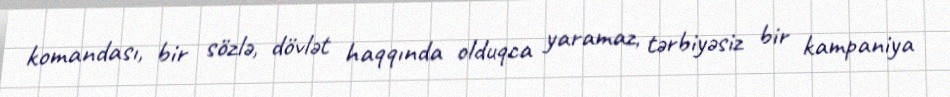
komandası, bir sözlə, dövlət haqqında olduqca yaramaz, tərbiyəsiz bir kampaniya